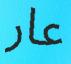
عار